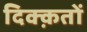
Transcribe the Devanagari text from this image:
दिक्क़तों